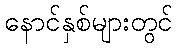
နောင်နှစ်များတွင်